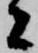
者